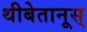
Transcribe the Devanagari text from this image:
थीबेतानूस्